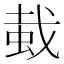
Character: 蛓